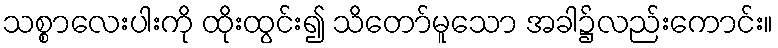
သစ္စာလေးပါးကို ထိုးထွင်း၍ သိတော်မူသော အခါ၌လည်းကောင်း။